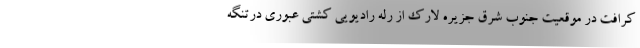
کرافت در موقعیت جنوب شرق جزیره لارک از رله رادیویی کشتی عبوری درتنگه